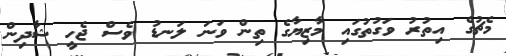
މެޗުގެ އިތުރު ވަގުތުގައި މާޒިޔާގެ ތިން ވަނަ ލަނޑު ވެސް ޖެހީ ޝާދިން